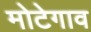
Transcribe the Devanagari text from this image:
मोटेगाव